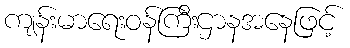
ကျန်းမာရေးဝန်ကြီးဌာနအနေဖြင့်